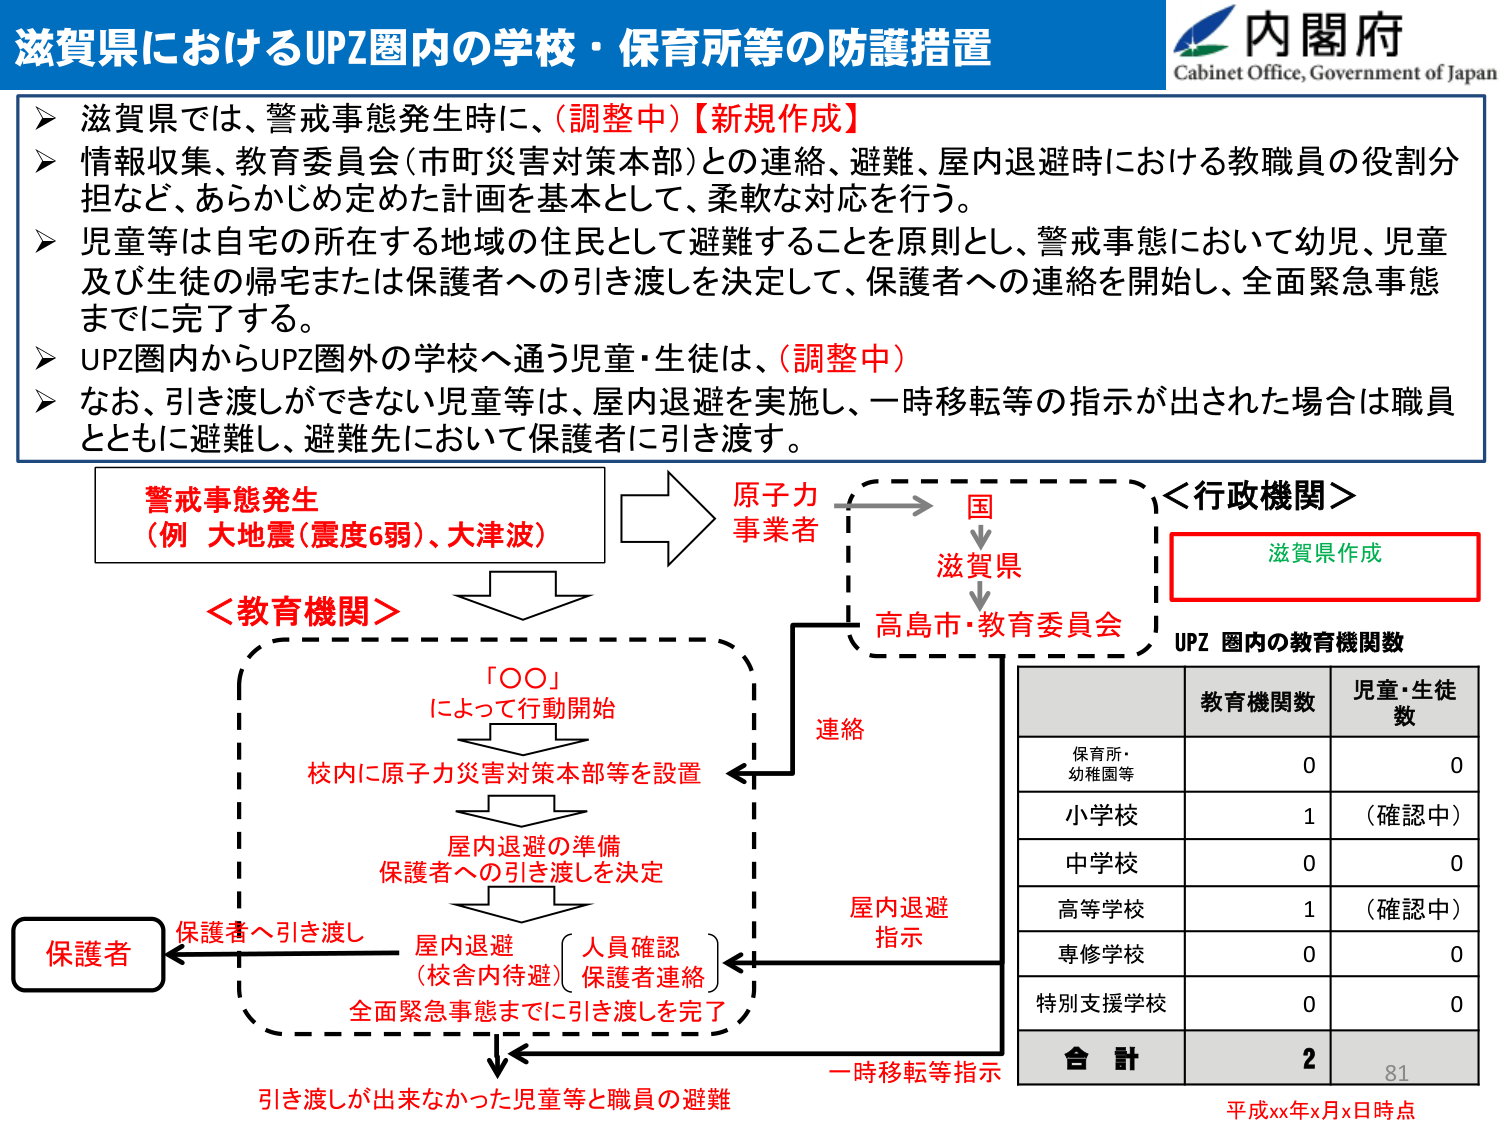
滋賀県におけるUPZ圏内の学校・保育所等の防護措置
内閣府
Cabinet Office, Government of Japan

➤ 滋賀県では、警戒事態発生時に、（調整中）【新規作成】
➤ 情報収集、教育委員会（市町災害対策本部）との連絡、避難、屋内退避時における教職員の役割分担など、あらかじめ定めた計画を基本として、柔軟な対応を行う。
➤ 児童等は自宅の所在する地域の住民として避難することを原則とし、警戒事態において幼児、児童及び生徒の帰宅または保護者への引き渡しを決定して、保護者への連絡を開始し、全面緊急事態までに完了する。
➤ UPZ圏内からUPZ圏外の学校へ通う児童・生徒は、（調整中）
➤ なお、引き渡しができない児童等は、屋内退避を実施し、一時移転等の指示が出された場合は職員とともに避難し、避難先において保護者に引き渡す。

警戒事態発生
（例 大地震（震度6弱）、大津波）

原子力事業者
↓
国
↓
滋賀県
↓
高島市・教育委員会

＜行政機関＞
滋賀県作成
UPZ 圏内の教育機関数

教育機関数 児童・生徒数
保育所・幼稚園等 0 0
小学校 1 （確認中）
中学校 0 0
高等学校 1 （確認中）
専修学校 0 0
特別支援学校 0 0
合 計 2 81

＜教育機関＞
「〇〇」
によって行動開始
↓
校内に原子力災害対策本部等を設置
↓
屋内退避の準備
保護者への引き渡しを決定
↓
屋内退避
（校舎内待避）
人員確認
保護者連絡
全面緊急事態までに引き渡しを完了
↓
引き渡しが出来なかった児童等と職員の避難

保護者
←保護者へ引き渡し

連絡
屋内退避指示
一時移転等指示

平成xx年x月x日時点